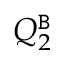
Q _ { 2 } ^ { \tt B }